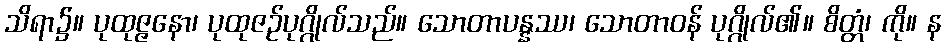
သိရာ၌။ ပုထုဇ္ဇနော၊ ပုထုဇဉ်ပုဂ္ဂိုလ်သည်။ သောတာပန္နဿ၊ သောတာဝန် ပုဂ္ဂိုလ်၏။ စိတ္တံ၊ ကို။ န